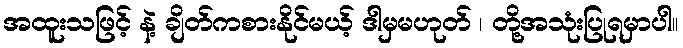
အထူးသဖြင့် နဲ့ ချိတ်ကစားနိုင်မယ့် ဒါမှမဟုတ် ၊ တို့အသုံးပြုရမှာပါ။